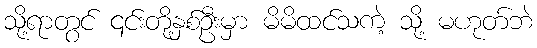
သို့ရာတွင် ၎င်းတို့နှစ်ဦးမှာ မိမိထင်သကဲ့ သို့ မဟုတ်ဘဲ